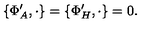
\{ \Phi _ { A } ^ { \prime } , \cdot \} = \{ \Phi _ { H } ^ { \prime } , \cdot \} = 0 .